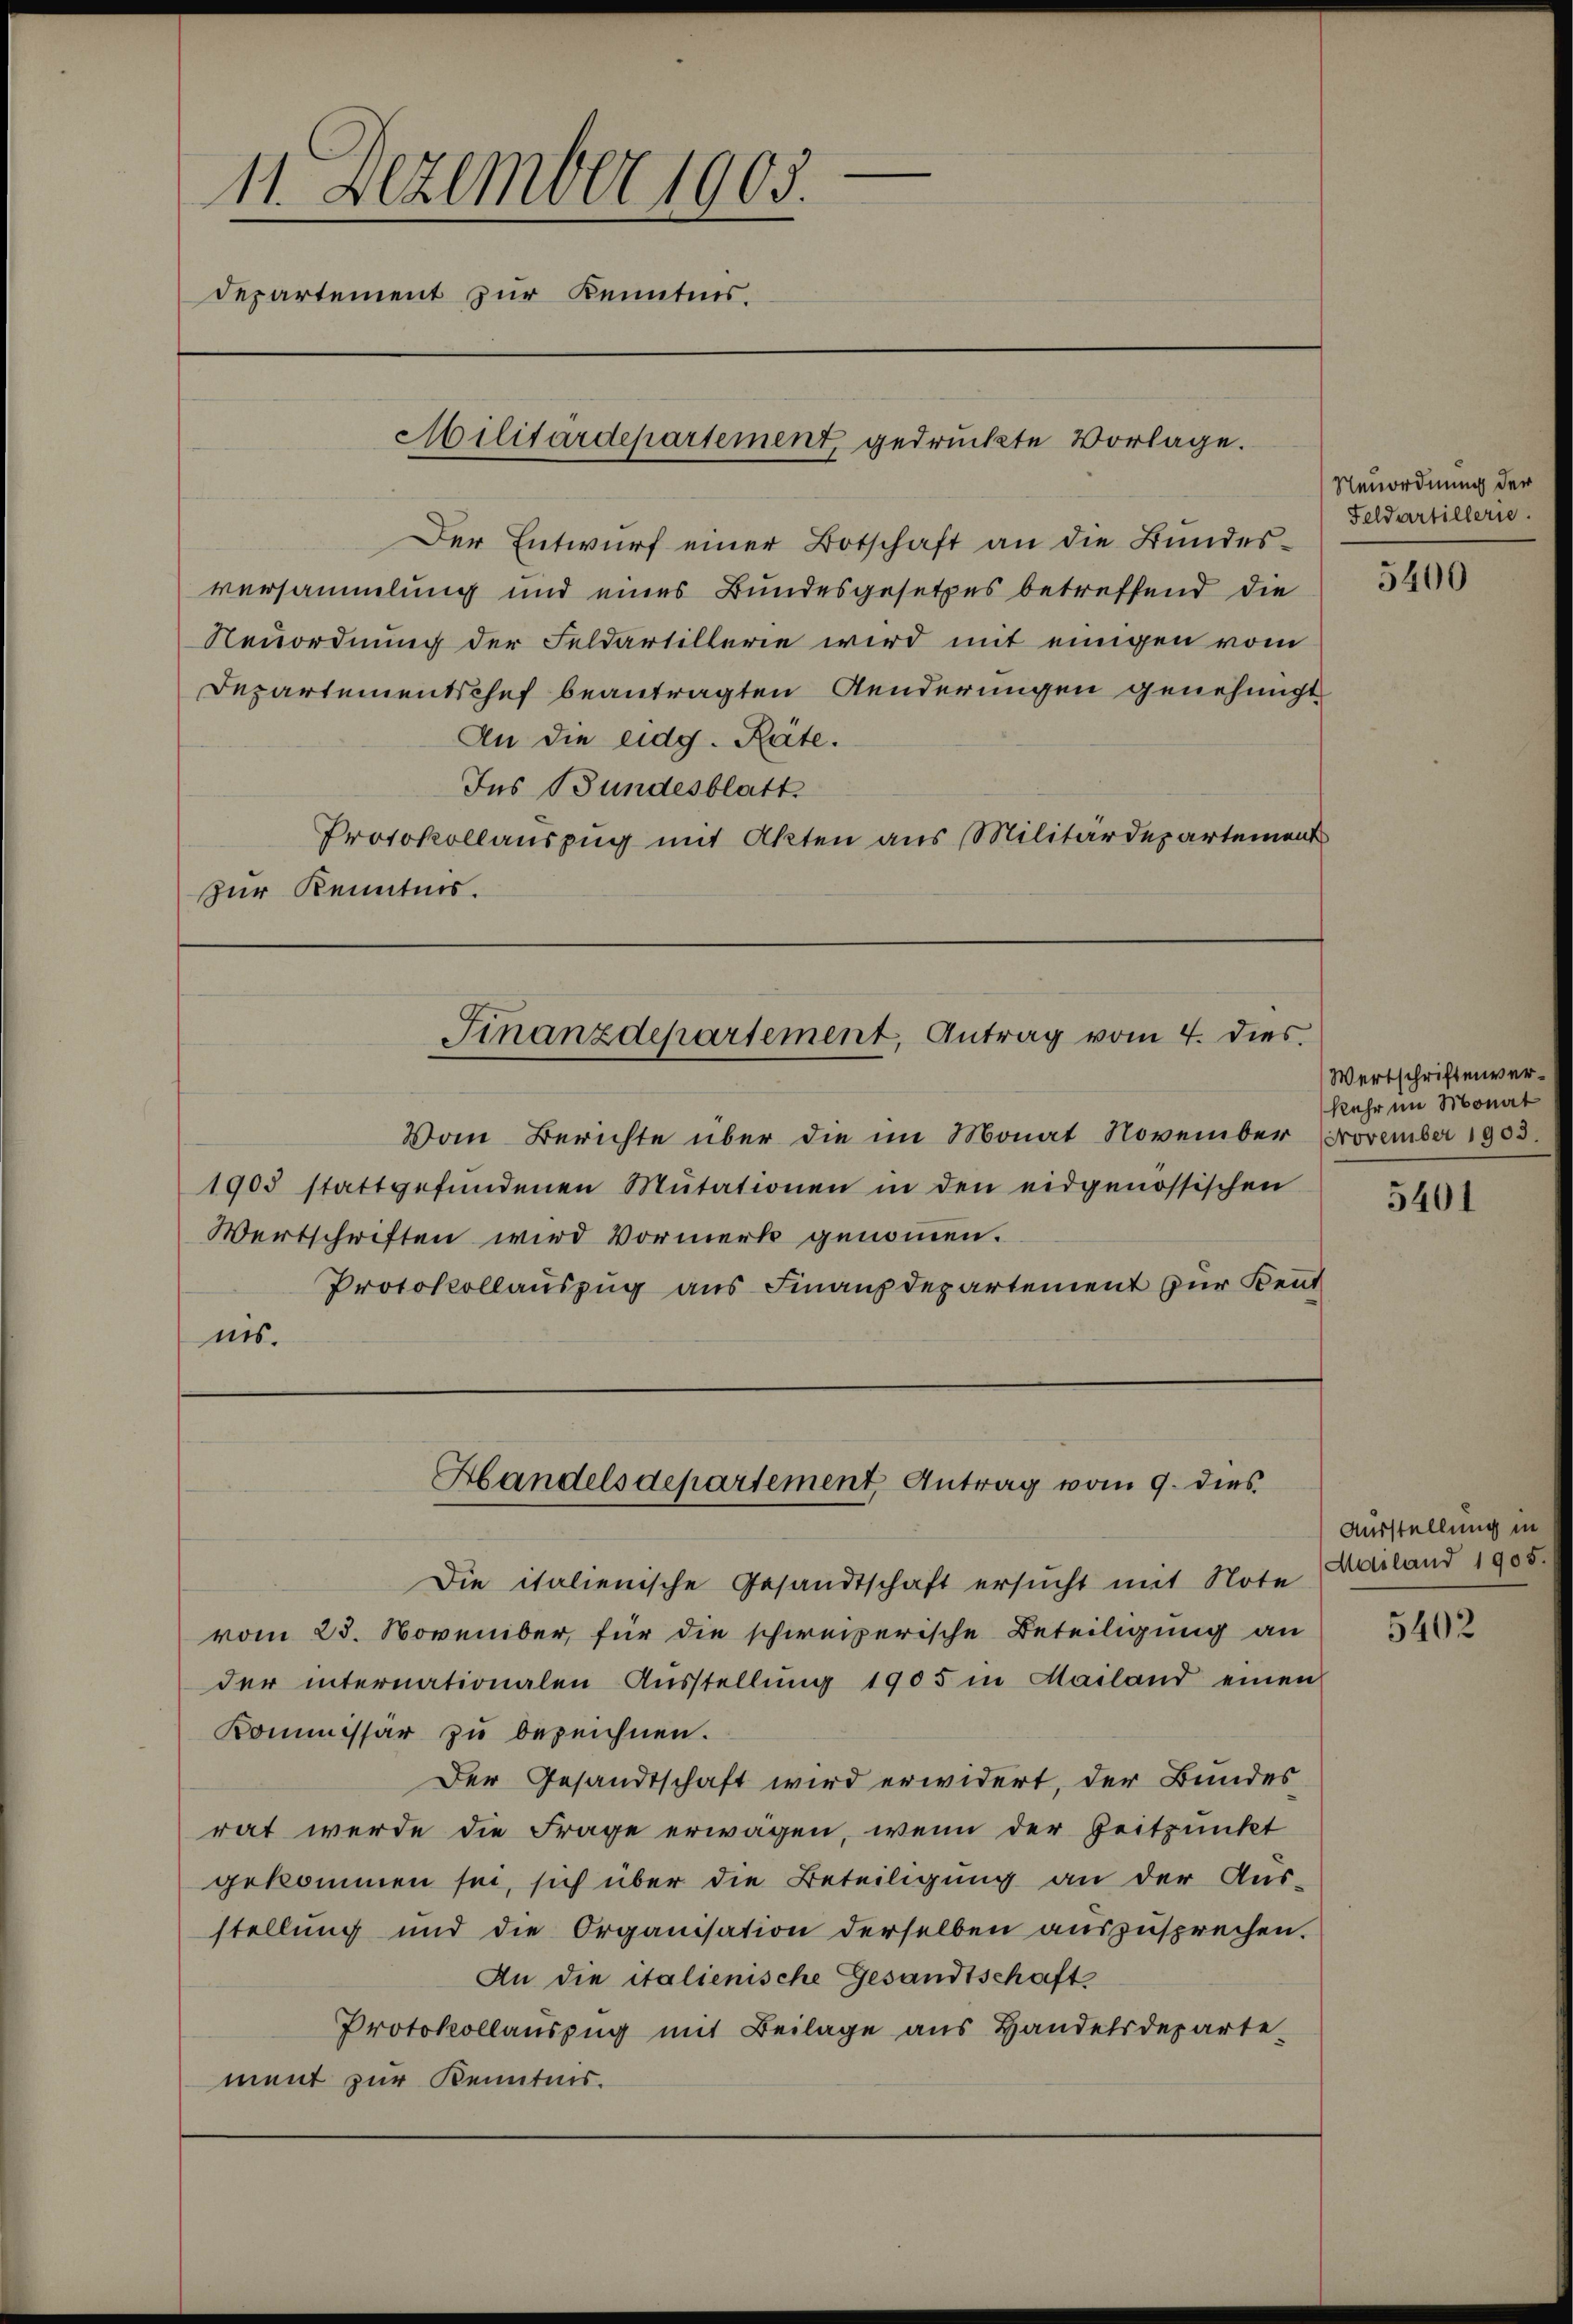
11. Dezember 1905.
Departement zur Kenntnis.
Militärdepartement gedruckte Vorlage.

Der Entwurf einer Botschaft an die Bundesversammlung und eines Bundesgesetzes betreffend die
Neuordnung der Feldartillerie wird mit einigen vom
Departementschef beantragten Aenderungen genehmigt
An die eidg. Rate.
Ins Bundesblatt
Protokollauszug mit Akten aus Militärdepartement
zur Kenntnis.

Vom Berichte über die im Monat November November 1903.
1903 stattgefŭndenen Mutationen in den eidgenössischen
Wertschriften wird Vormerk genommen.
Protokollauszug aus Finanzdepartement zur Kent
nis.

Finanzdepartement, Antrag vom 4. dies

Handelsdepartement Antrag vom 9. dies

Die italienische Gesandtschaft ersucht mit Note
vom 23. November, für die schweizerische Beteiligung an
der internationalen Aŭsstellŭng 1905 in Mailand einen
Kommissar zu bezeichnen.
Der Gesandtschaft wird erwidert, der Bundes
rat werde die Frage erwägen, wenn der Zeitpunkt
gekommen sei, sich über die Beteiligung an der Aus-
stellung und die Organisation derselben auszusprechen.
An die italienische Gesandtschaft
Protokollaŭszŭg mit Beilage ans Handelsdeparte-
ment zur Kenntnis.

Neuordnung der
Feldartillerie.

5400

Wertschriftenverkehr im Monat

5401

Ausstellung in
Mailand 1905.

5402